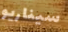
سيناريو